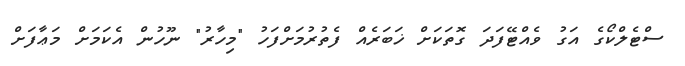
ސްޓެލްކޯގެ އަގު ވެއްޓޭފަދަ ގޮތަކަށް ޚަބަރެއް ފެތުރުމަށްފަހު "މިހާރު" ނޫހުން އެކަމަށް މަޢާފަށް